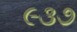
૯૩૭